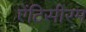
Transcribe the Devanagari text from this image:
ऐंटिसीरम